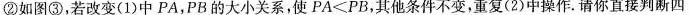
②如图③，若改变(1)中PA，PB的大小关系，使$$P A < P B$$，其他条件不变，重复(2)中操作。请你直接判断四